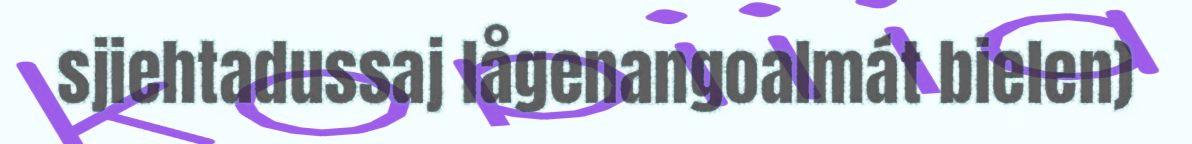
sjiehtadussaj lågenangoalmát bielen)